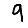
Digit: 9